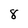
Character: 8